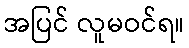
အပြင် လူမဝင်ရ။